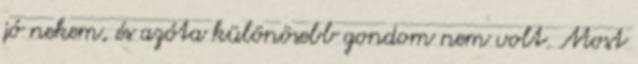
jó nekem, és azóta különösebb gondom nem volt. Most